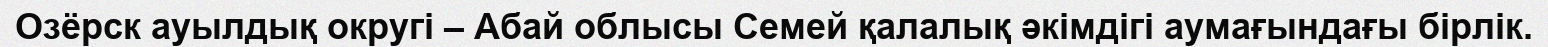
Озёрск ауылдық округі – Абай облысы Семей қалалық әкімдігі аумағындағы бірлік.